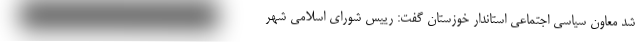
شد معاون سیاسی اجتماعی استاندار خوزستان گفت: رییس شورای اسلامی شهر